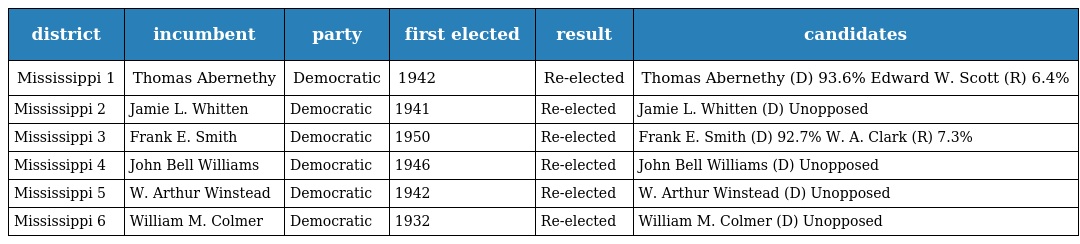
| district | incumbent | party | first elected | result | candidates |
 | --- | --- | --- | --- | --- | --- |
 | Mississippi 1 | Thomas Abernethy | Democratic | 1942 | Re-elected | Thomas Abernethy (D) 93.6% Edward W. Scott (R) 6.4% |
 | Mississippi 2 | Jamie L. Whitten | Democratic | 1941 | Re-elected | Jamie L. Whitten (D) Unopposed |
 | Mississippi 3 | Frank E. Smith | Democratic | 1950 | Re-elected | Frank E. Smith (D) 92.7% W. A. Clark (R) 7.3% |
 | Mississippi 4 | John Bell Williams | Democratic | 1946 | Re-elected | John Bell Williams (D) Unopposed |
 | Mississippi 5 | W. Arthur Winstead | Democratic | 1942 | Re-elected | W. Arthur Winstead (D) Unopposed |
 | Mississippi 6 | William M. Colmer | Democratic | 1932 | Re-elected | William M. Colmer (D) Unopposed |